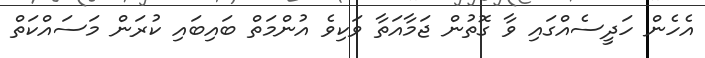
އެހެން ހަދީސެއްގައި ވާ ގޮތުން ޖަމާއަތާ ވަކިވެ އުންމަތް ބައިބައި ކުރަން މަސައްކަތް